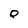
Character: Q